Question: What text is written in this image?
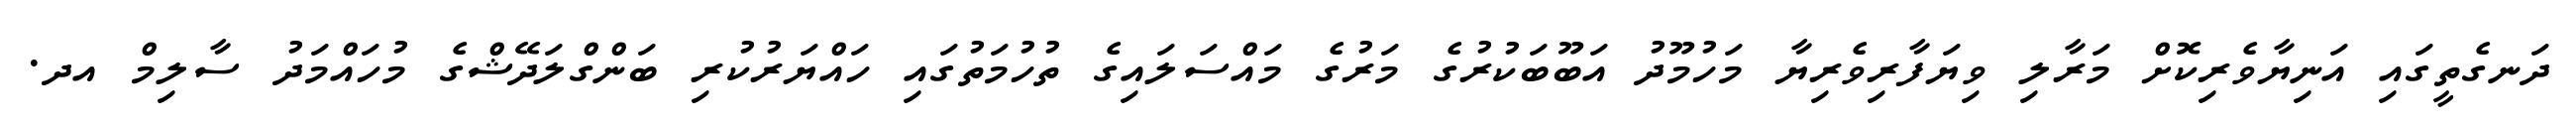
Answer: ދަނގެތީގައި އަނިޔާވެރިކޮށް މަރާލި ވިޔަފާރިވެރިޔާ މަހުމޫދު އަބޫބަކުރުގެ މަރުގެ މައްސަލައިގެ ތުހުމަތުގައި ހައްޔަރުކުރި ބަންގްލަދޭޝްގެ މުހައްމަދު ސާލިމް އދ.